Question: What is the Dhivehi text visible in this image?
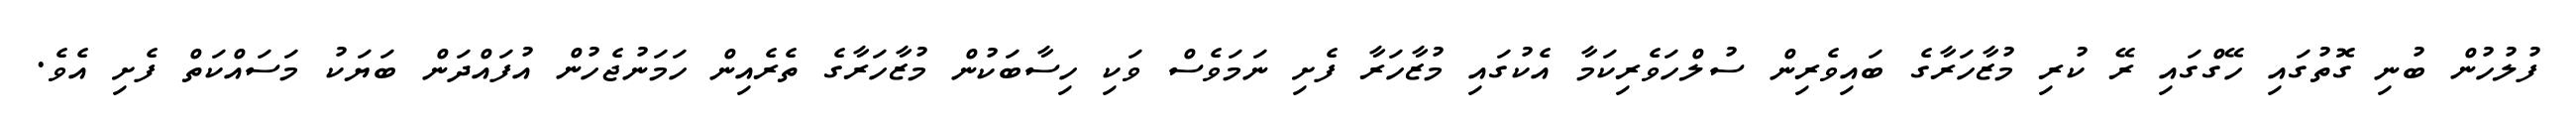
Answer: ފުލުހުން ބުނި ގޮތުގައި ހޭގްގައި ރޭ ކުރި މުޒާހަރާގެ ބައިވެރިން ސުލްހަވެރިކަމާ އެކުގައި މުޒާހަރާ ފެށި ނަމަވެސް ވަކި ހިސާބަކުން މުޒާހަރާގެ ތެރެއިން ހަމަނުޖެހުން އުފައްދަން ބަޔަކު މަސައްކަތް ފެށި އެވެ.